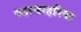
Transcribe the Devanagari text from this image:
व्यावाहरिक